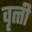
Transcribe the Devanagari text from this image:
वृत्‍ती